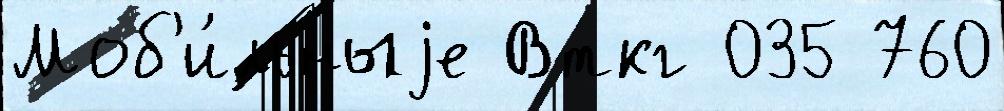
Моб'и́льныjе Вткг 035 760